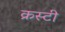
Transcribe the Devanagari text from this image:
क्रस्टी